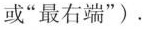
或“最右端”)